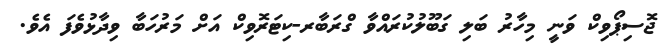
ޖޮސިޕޯވިކް ވަނީ މިހާރު ބަލި ގަބޫލުކުރައްވާ ގްރަބާރ-ކިޓަރޮވިކް އަށް މަރުހަބާ ވިދާޅުވެފަ އެވެ.